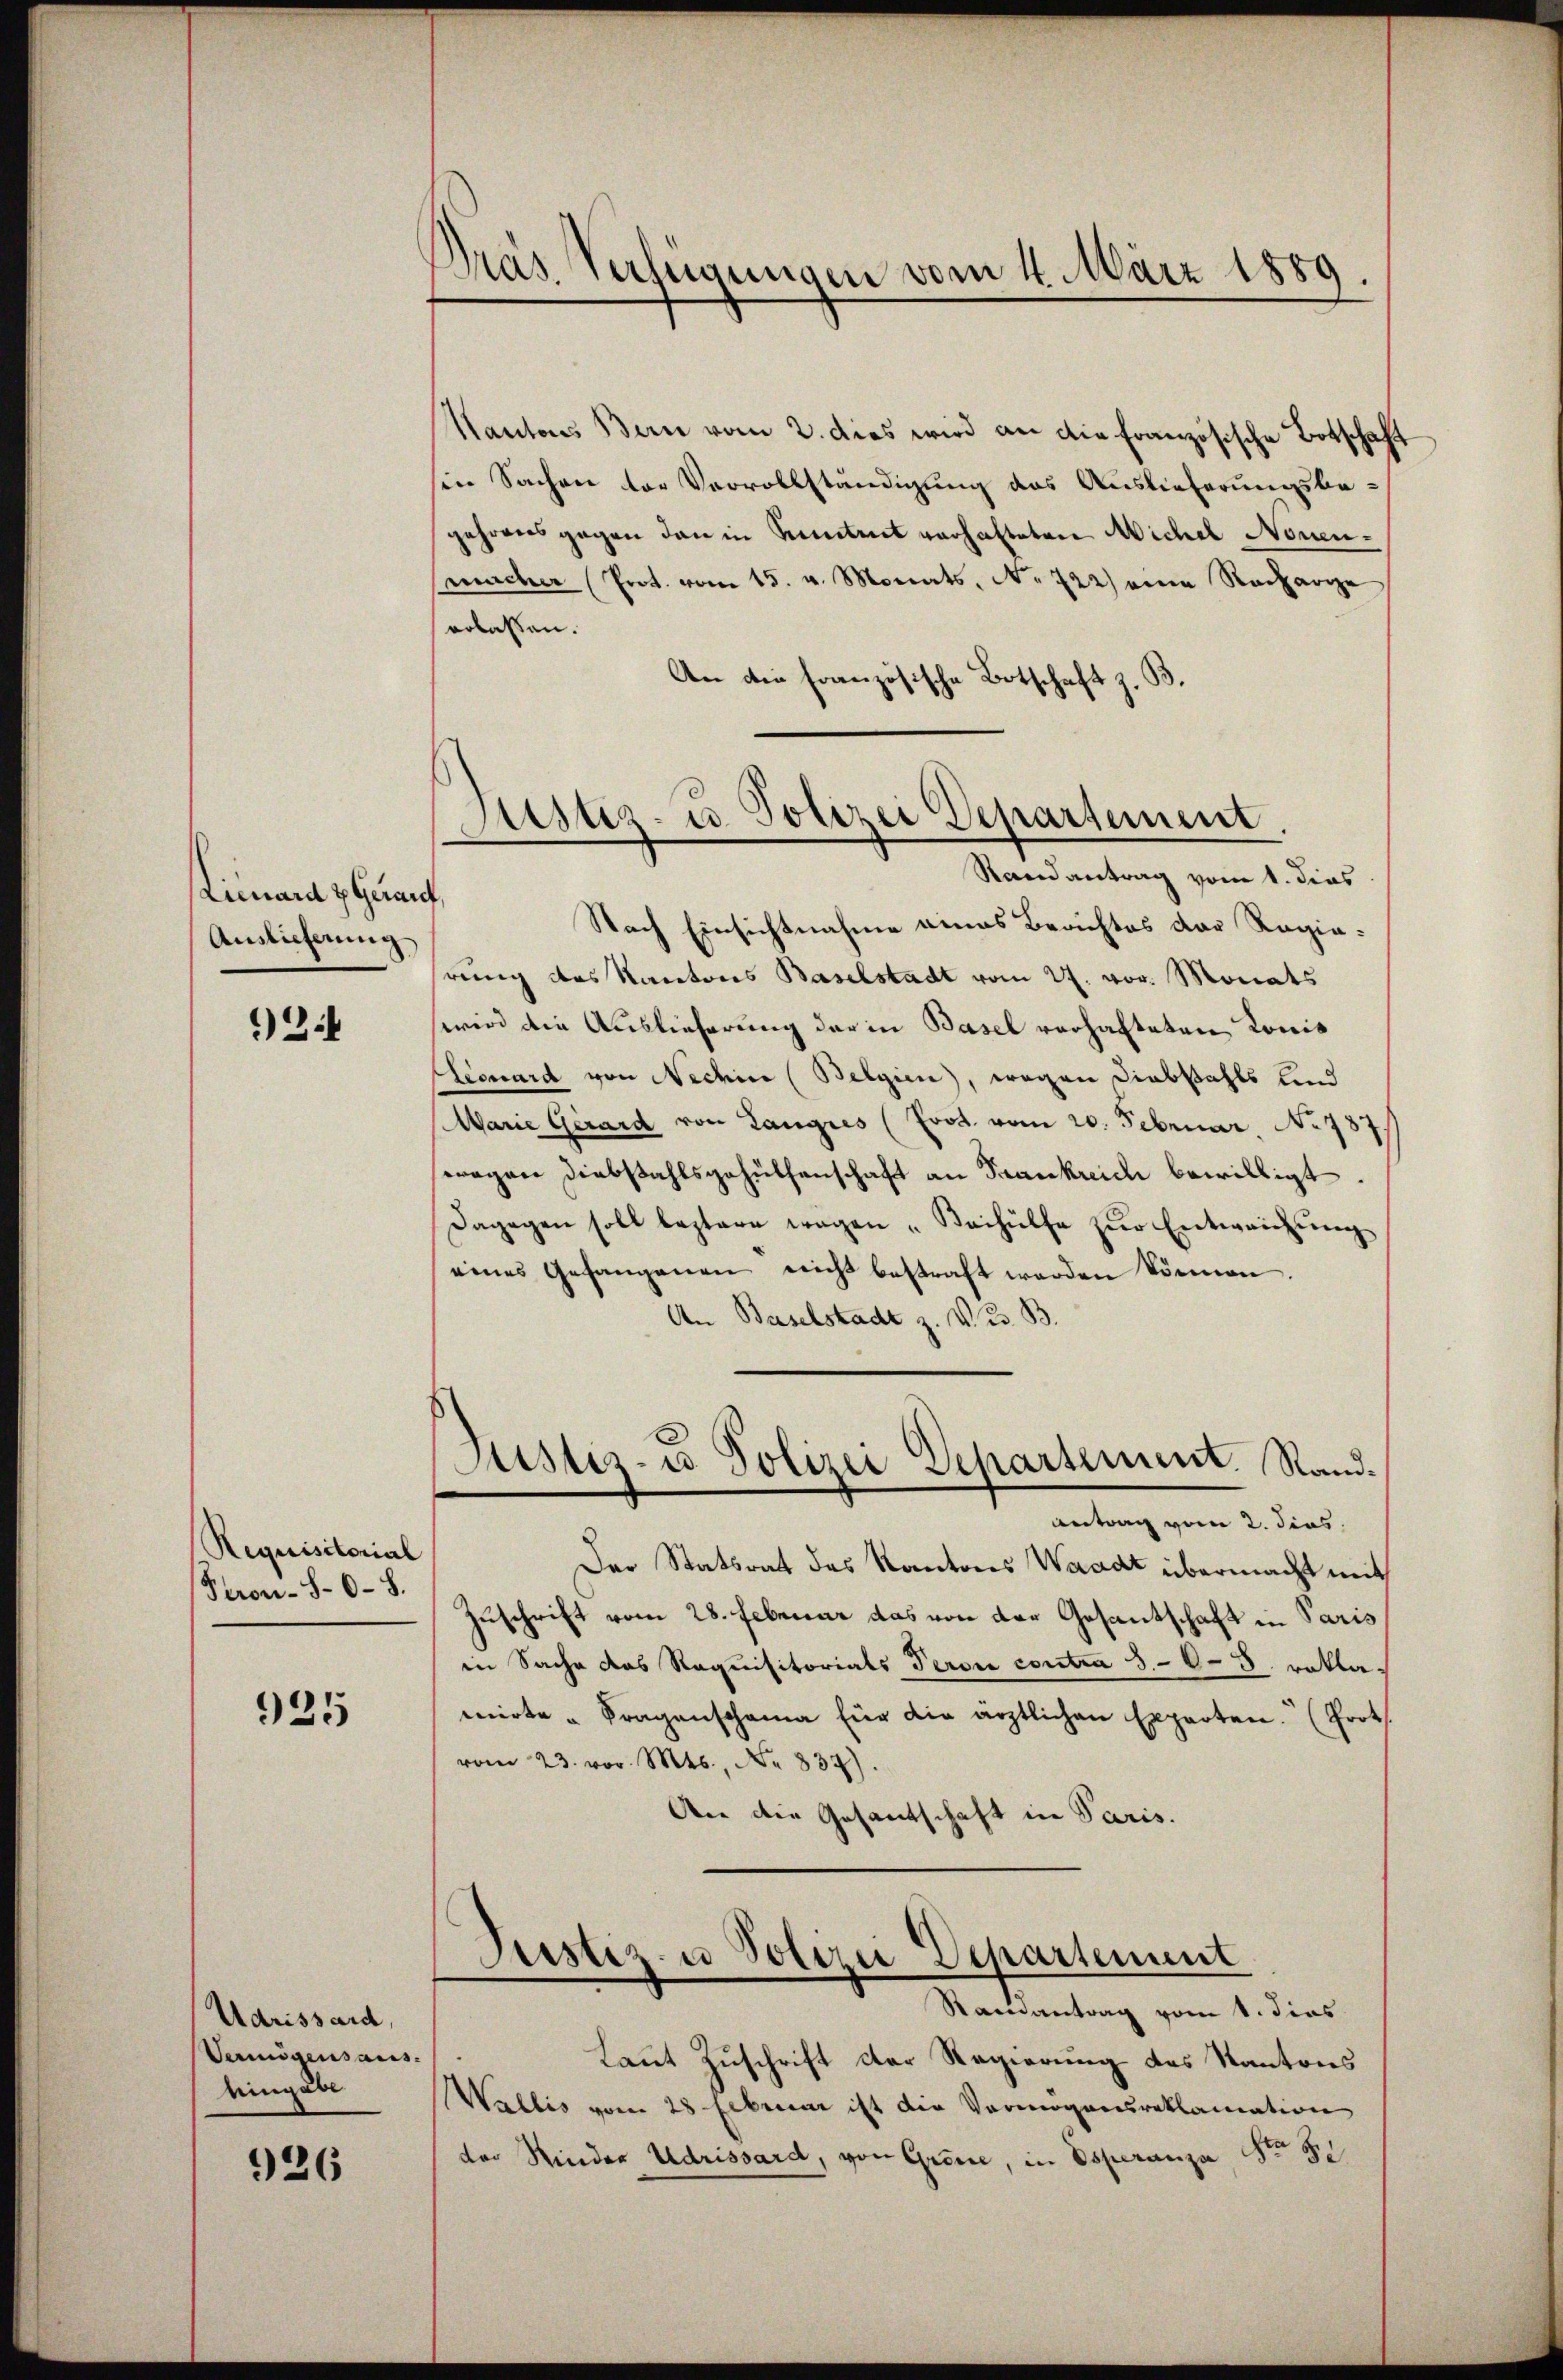
Lirard zGerauf,
Auslieferung

)24

Requisitorial
Peron-80–8.

925

Udrissard,
Vermögensaus
Eingabe

926

Pras Verlegungen vom 4. März 1889.

Justiz- u. Polizei Departement.
Randantrag vom 1. dies

Kantons Bern vom 2. dies wird an die Französische Botschaft
sen Sachen der Vervollständigung das Auslieferungsbegehrens gegen den in Seitet verhalteten Michel Nouenmacher (Prot. vom 15. v. Monats, No 722) eine Recharge
erlassen.
An die französische Botschaft z. B.
Nach Einsichtnahme eines Berichtes der Regierung des Kantons Baselstadt vom 27. vor. Monats
wird die Auslieferung der in Basel verhafteten Konis
Lecuard von Nechin (Belgien, wegen Diebstahls und
Warie Gerard von Langres (Frot vom 20. Februar No 787
wegen Diebstahlsgehülfenschaft an Frankreich bewilligt.
Dagegen soll leztere wegen "Beihülfe zŭr Entweichŭng
eines Gefangenen nicht bestraft werden können.
An Baselstadt z. V. B.
Justiz- u Polizei Departement. Sand¬
Antrag vom 2. dies
Der Statsrat des Kantons Waadt übermacht mit
Zuschrift vom 28. Februar das von der Gesantschaft in Paris
in Sache das Requisitorials Peroi contra 5-6-8. Bekla-
mirte " Fragenschama für die ärztlichen Experten (Prot
837).
An die Gesantschaft in Paris.

Justiz- u Polizei Departement
Saisantrag vom 1. dies

Laut Zuschrift der Regierung des Kantons
Wallis vom 28 Februar ist die Vermögensreklamation
der Rinder Udrissard, von Grenze, in Esperanza No. 50